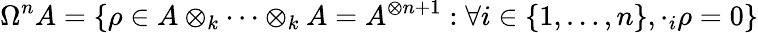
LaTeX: \Omega^{n}A=\{ \rho\in A\otimes_{k}\cdots\otimes_{k}A=A^{\otimes n+1}:\forall i\in\{ 1,\ldots,n\} ,\cdot_{i}\rho=0\}